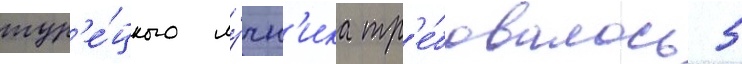
тур'е́цкого лу́чн'ика тр'е́бовалось 5